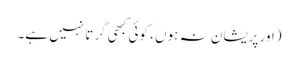
(اور پریشان نہ ہوں ، کوئی کبھی گرتا نہیں ہے۔